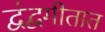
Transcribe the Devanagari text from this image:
द्वंद्वगीतात